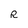
Character: R